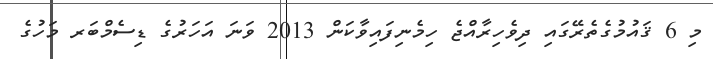
މި 6 ޤައުމުގެތެރޭގައި ދިވެހިރާއްޖެ ހިމެނިފައިވާކަން 2013 ވަނަ އަހަރުގެ ޑިސެމްބަރ މަހުގެ